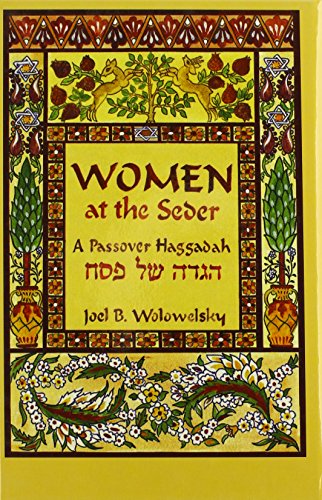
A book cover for Women At The Seder: A Passover Haggadah; Religion & Spirituality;